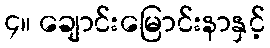
၄။ ချောင်းမြောင်းနာနှင့်